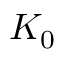
K _ { 0 }